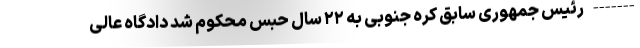
------- رئیس جمهوری سابق کره جنوبی به ۲۲ سال حبس محکوم شد دادگاه عالی